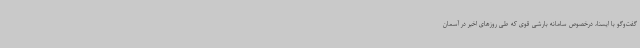
گفت‌وگو با ایسنا، درخصوص سامانه بارشی قوی که طی روزهای اخیر در آسمان